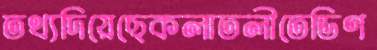
তথ্যদিয়েছেকলাতলীতেডিণ